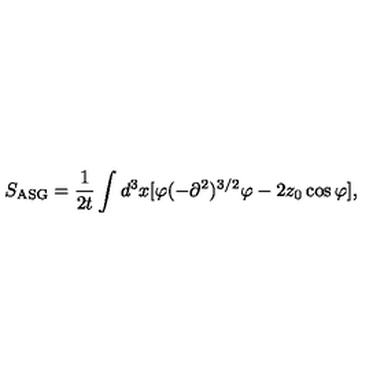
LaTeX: S _ { \mathrm { A S G } } = \frac { 1 } { 2 t } \int d ^ { 3 } x [ \varphi ( - \partial ^ { 2 } ) ^ { 3 / 2 } \varphi - 2 z _ { 0 } \cos \varphi ] ,